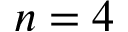
n = 4